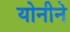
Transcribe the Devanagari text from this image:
योनीने